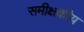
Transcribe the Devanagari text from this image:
समीक्षकीय